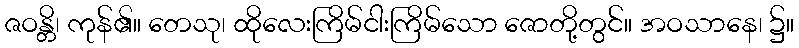
ဇဝန္တိ၊ ကုန်၏။ တေသု၊ ထိုလေးကြိမ်ငါးကြိမ်သော ဇောတို့တွင်။ အဝသာနေ၊ ၌။